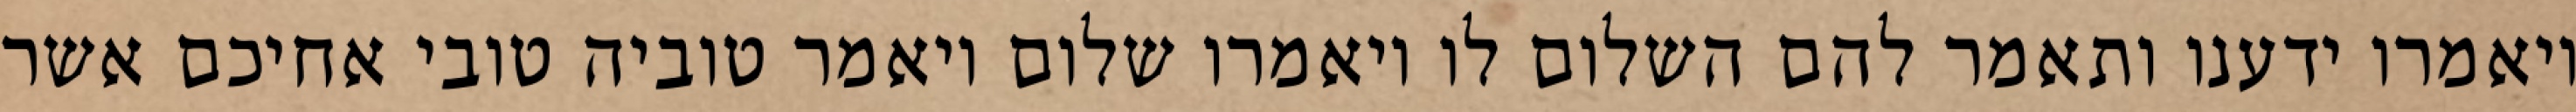
ויאמרו ידענו ותאמר להם השלום לו ויאמרו שלום ויאמר טוביה טובי אחיכם אשר